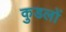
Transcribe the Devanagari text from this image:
कुडलों